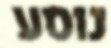
נוסע